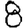
Digit: 8